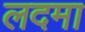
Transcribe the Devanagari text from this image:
लदमा